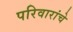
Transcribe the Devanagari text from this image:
परिवारांचे